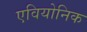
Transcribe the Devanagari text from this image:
एवियोनिक